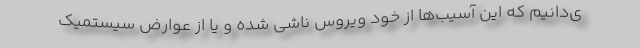
ی‌دانیم که این آسیب‌ها از خود ویروس ناشی شده و یا از عوارضِ سیستمیکِ